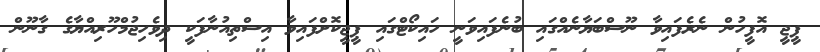
ޕީޖީ އޮފީހުން ނެރެފައިވާ ނޫސްބަޔާނެއްގައި ބުނެފައިވަނީ ހައިކޯޓްގައި ޕީޖީކޮށްފައިވާ އިސްތިއުނާފަކީ ދިވެހިޖުމްހޫރިއްޔާގެ ގާނޫން